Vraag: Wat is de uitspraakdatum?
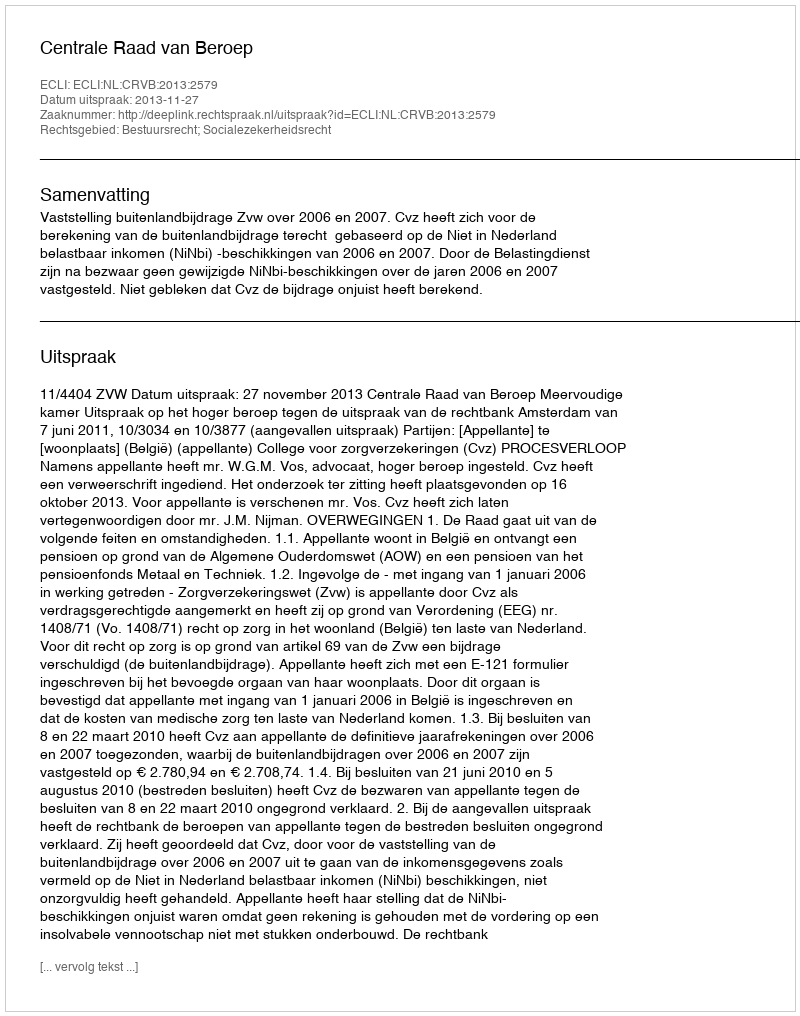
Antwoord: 2013-11-27